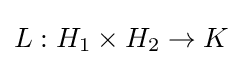
L:H_{1}\times H_{2}\to K